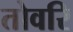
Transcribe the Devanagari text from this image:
तोवरि